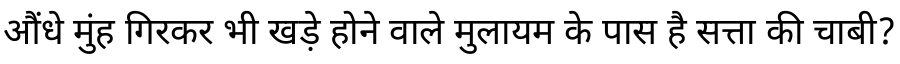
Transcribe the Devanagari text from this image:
औंधे मुंह गिरकर भी खड़े होने वाले मुलायम के पास है सत्ता की चाबी?